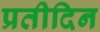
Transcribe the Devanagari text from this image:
प्रतीदिन